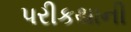
પરીકથાની